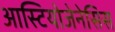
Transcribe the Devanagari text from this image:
आस्टियोजेनेसिस